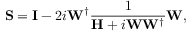
\mathbf { S } = \mathbf { I } - 2 i \mathbf { W } ^ { \dagger } \frac { 1 } { \mathbf { H } + i \mathbf { W } \mathbf { W } ^ { \dagger } } \mathbf { W } ,